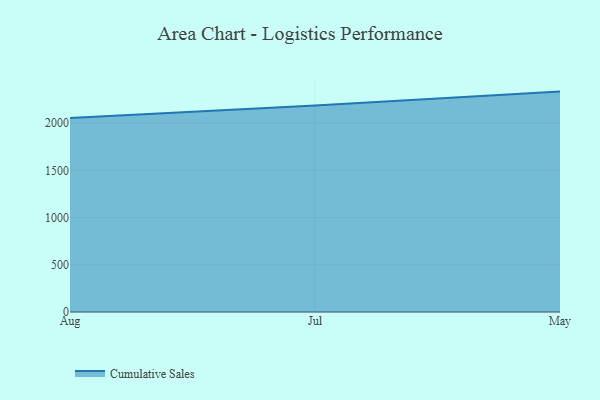
{"axis": {"x": "Month", "y": "Gross Profit (USD K)"}, "legend": ["Cumulative Sales"], "data": [{"x": "Aug", "y": 2054.5, "type": "Cumulative Sales"}, {"x": "Jul", "y": 2186.7, "type": "Cumulative Sales"}, {"x": "May", "y": 2334.5, "type": "Cumulative Sales"}]}